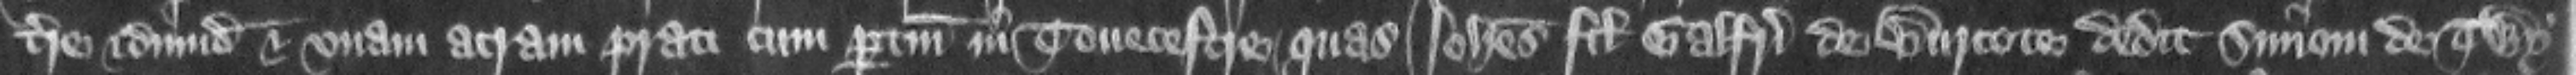
terre et dimidiam et vnam acram prati cum pertinencis in Touecestre quas Iohannes filius Galfridi de Burcote dedit Simoni de Twy